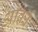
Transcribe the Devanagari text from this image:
ओर्का